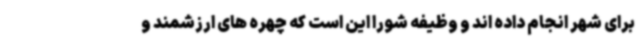
برای شهر انجام داده اند و وظیفه شورا این است که چهره های ارزشمند و